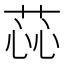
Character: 𫈝